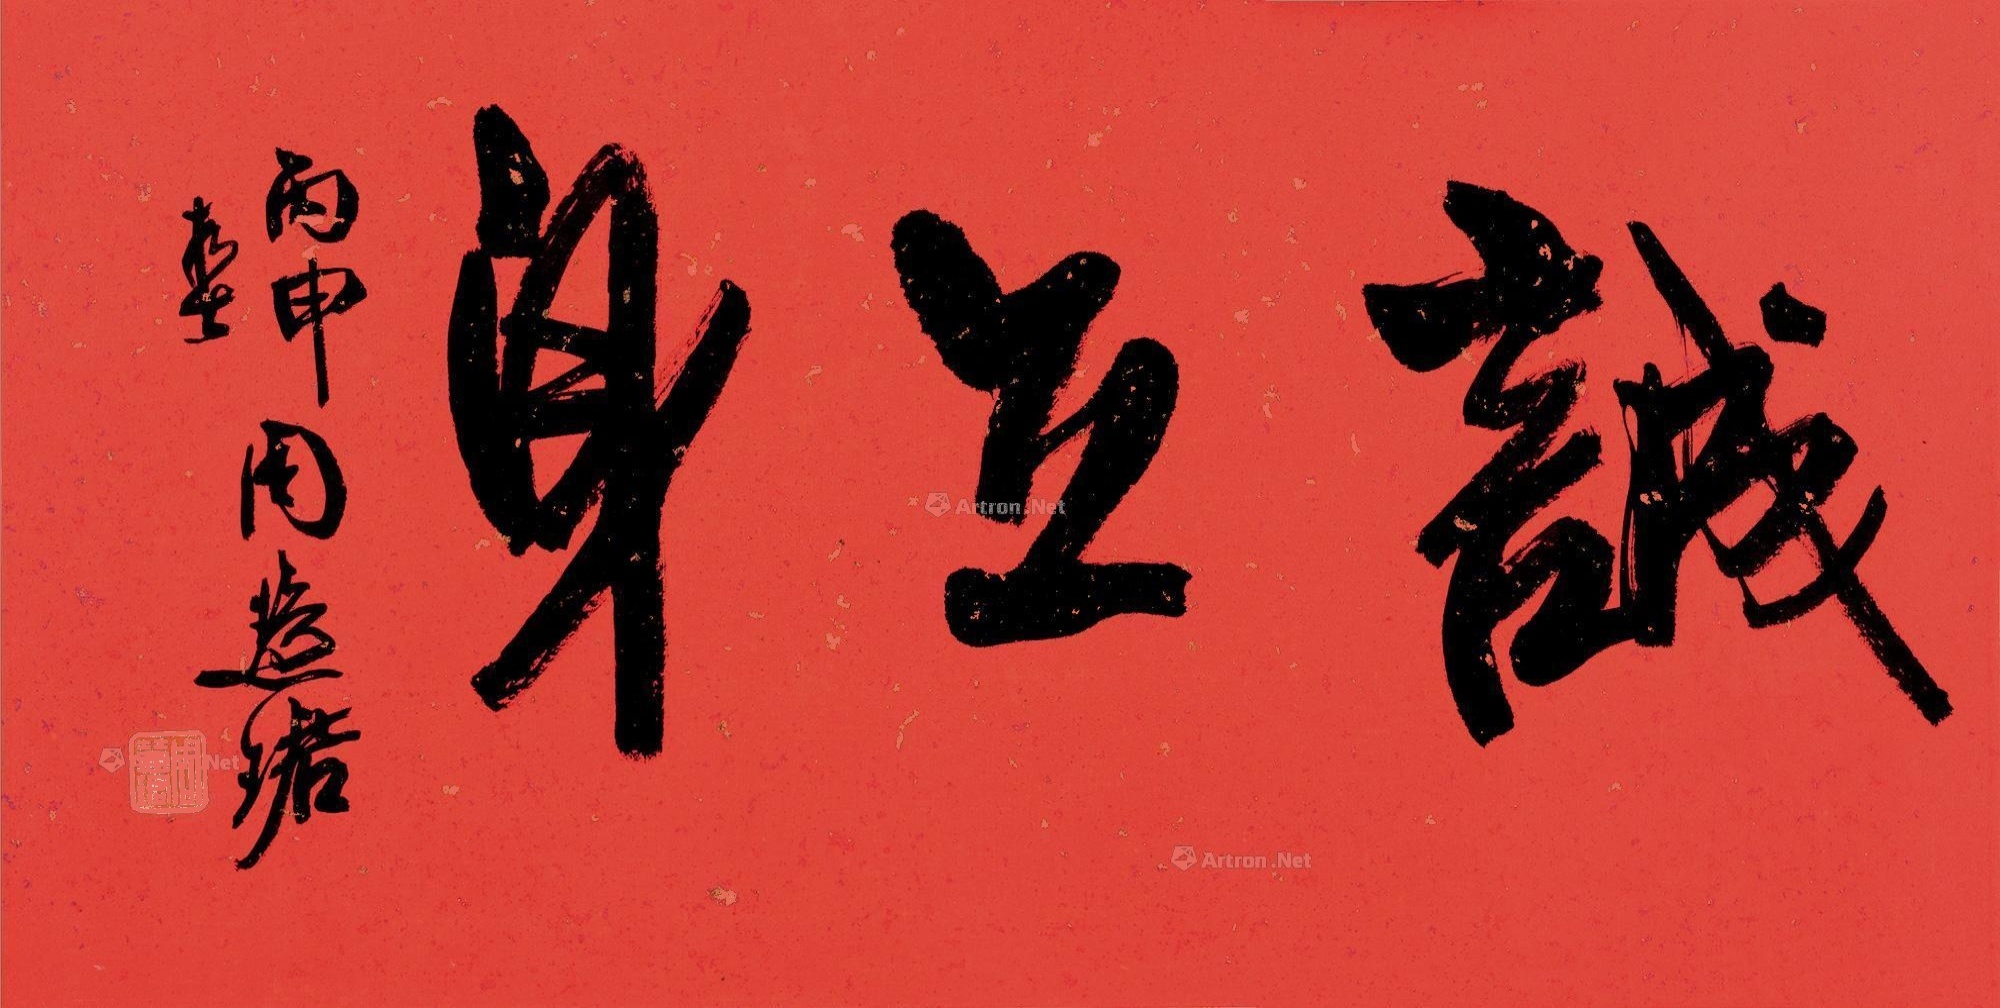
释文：诚立身。丙申春，周慧珺。